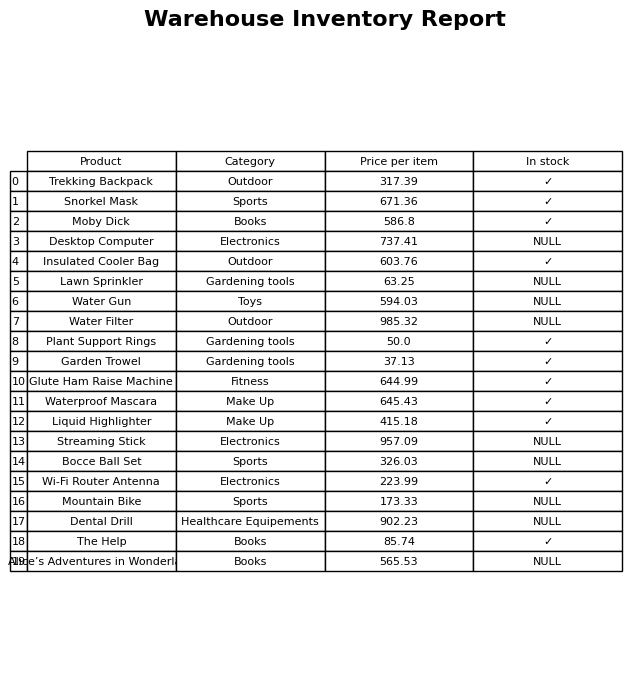
question: Which products are currently out of stock?
answer: Desktop Computer, Lawn Sprinkler, Water Gun, Water Filter, Streaming Stick, Bocce Ball Set, Mountain Bike, Dental Drill, Alice’s Adventures in Wonderland